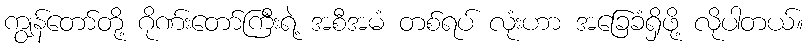
ကျွန်တော်တို့ ဂိုဏ်းတော်ကြီးရဲ့ အစီအမံ တစ်ရပ် လုံးဟာ အခြေခံရှိဖို့ လိုပါတယ်။